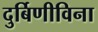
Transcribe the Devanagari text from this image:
दुर्बिणीविना